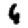
Digit: 6